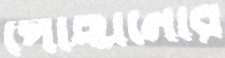
পৌঁছানোর